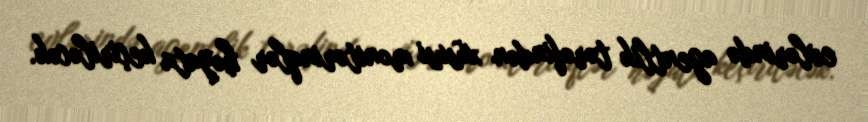
evlərində agentlik tərəfindən xüsusi monitorinqlər həyata keçiriləcək.